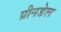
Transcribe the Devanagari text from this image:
ग्रीनडेल